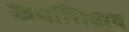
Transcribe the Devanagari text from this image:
खर्चाशिवाय